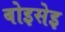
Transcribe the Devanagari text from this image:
बोइसेइ